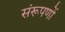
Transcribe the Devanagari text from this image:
संरूपणों